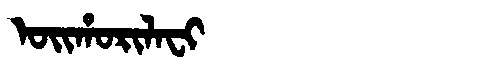
Manchu: ᠣᡳᡥᠣᡵᡳᠯᠠᠸᡳ
Romanization: OIHORILAFI